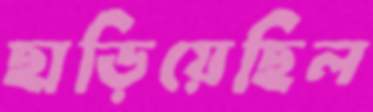
ছাড়িয়েছিল